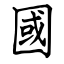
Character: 國